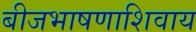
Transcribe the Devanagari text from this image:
बीजभाषणाशिवाय